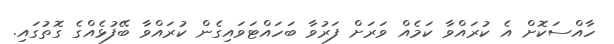
ހާއްސަކޮށް އެ ކުރައްވާ ކަމެއް ވަރަށް ފަރުވާ ބަހައްޓަވައިގެން ކުރައްވާ ބޭފުޅެއްގެ ގޮތުގައި.